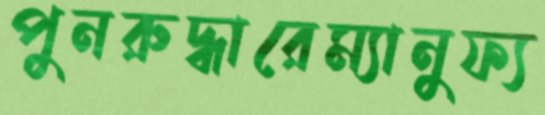
পুনরুদ্ধারেম্যানুফ্য